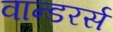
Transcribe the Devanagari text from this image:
वान्डरर्स